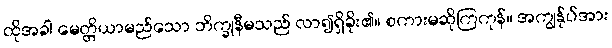
ထိုအခါ မေတ္တိယာမည်သော ဘိက္ခုနီမသည် လာ၍ရှိခိုး၏။ စကားမဆိုကြကုန်။ အကျွန်ုပ်အား